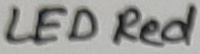
Text: LED Red